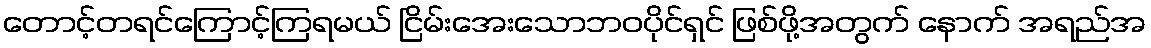
တောင့်တရင်ကြောင့်ကြရမယ် ငြိမ်းအေးသောဘဝပိုင်ရှင် ဖြစ်ဖို့အတွက် နောက် အရည်အ